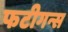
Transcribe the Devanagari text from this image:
फटीगन्स